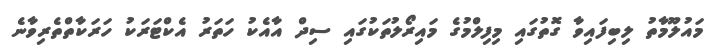
މައުލޫމާތު ލިބިފައިވާ ގޮތުގައި މިފިލްމުގެ މައިރޯލުތަކުގައި ސިދް އާއެކު ހަތަރު އެކްޓަރަކު ހަރަކާތްތެރިވާނެ